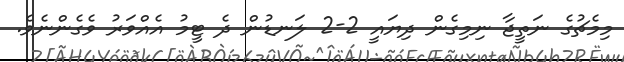
މިމެޗުގެ ނަތީޖާ ނިމިގެން ދިޔައީ 2-2 ލަނޑުން ދެ ޓީމު އެއްވަރު ވެގެންނެވެ.